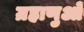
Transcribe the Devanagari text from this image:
ग्रहाणुओं